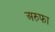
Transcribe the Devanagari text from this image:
अरुफा